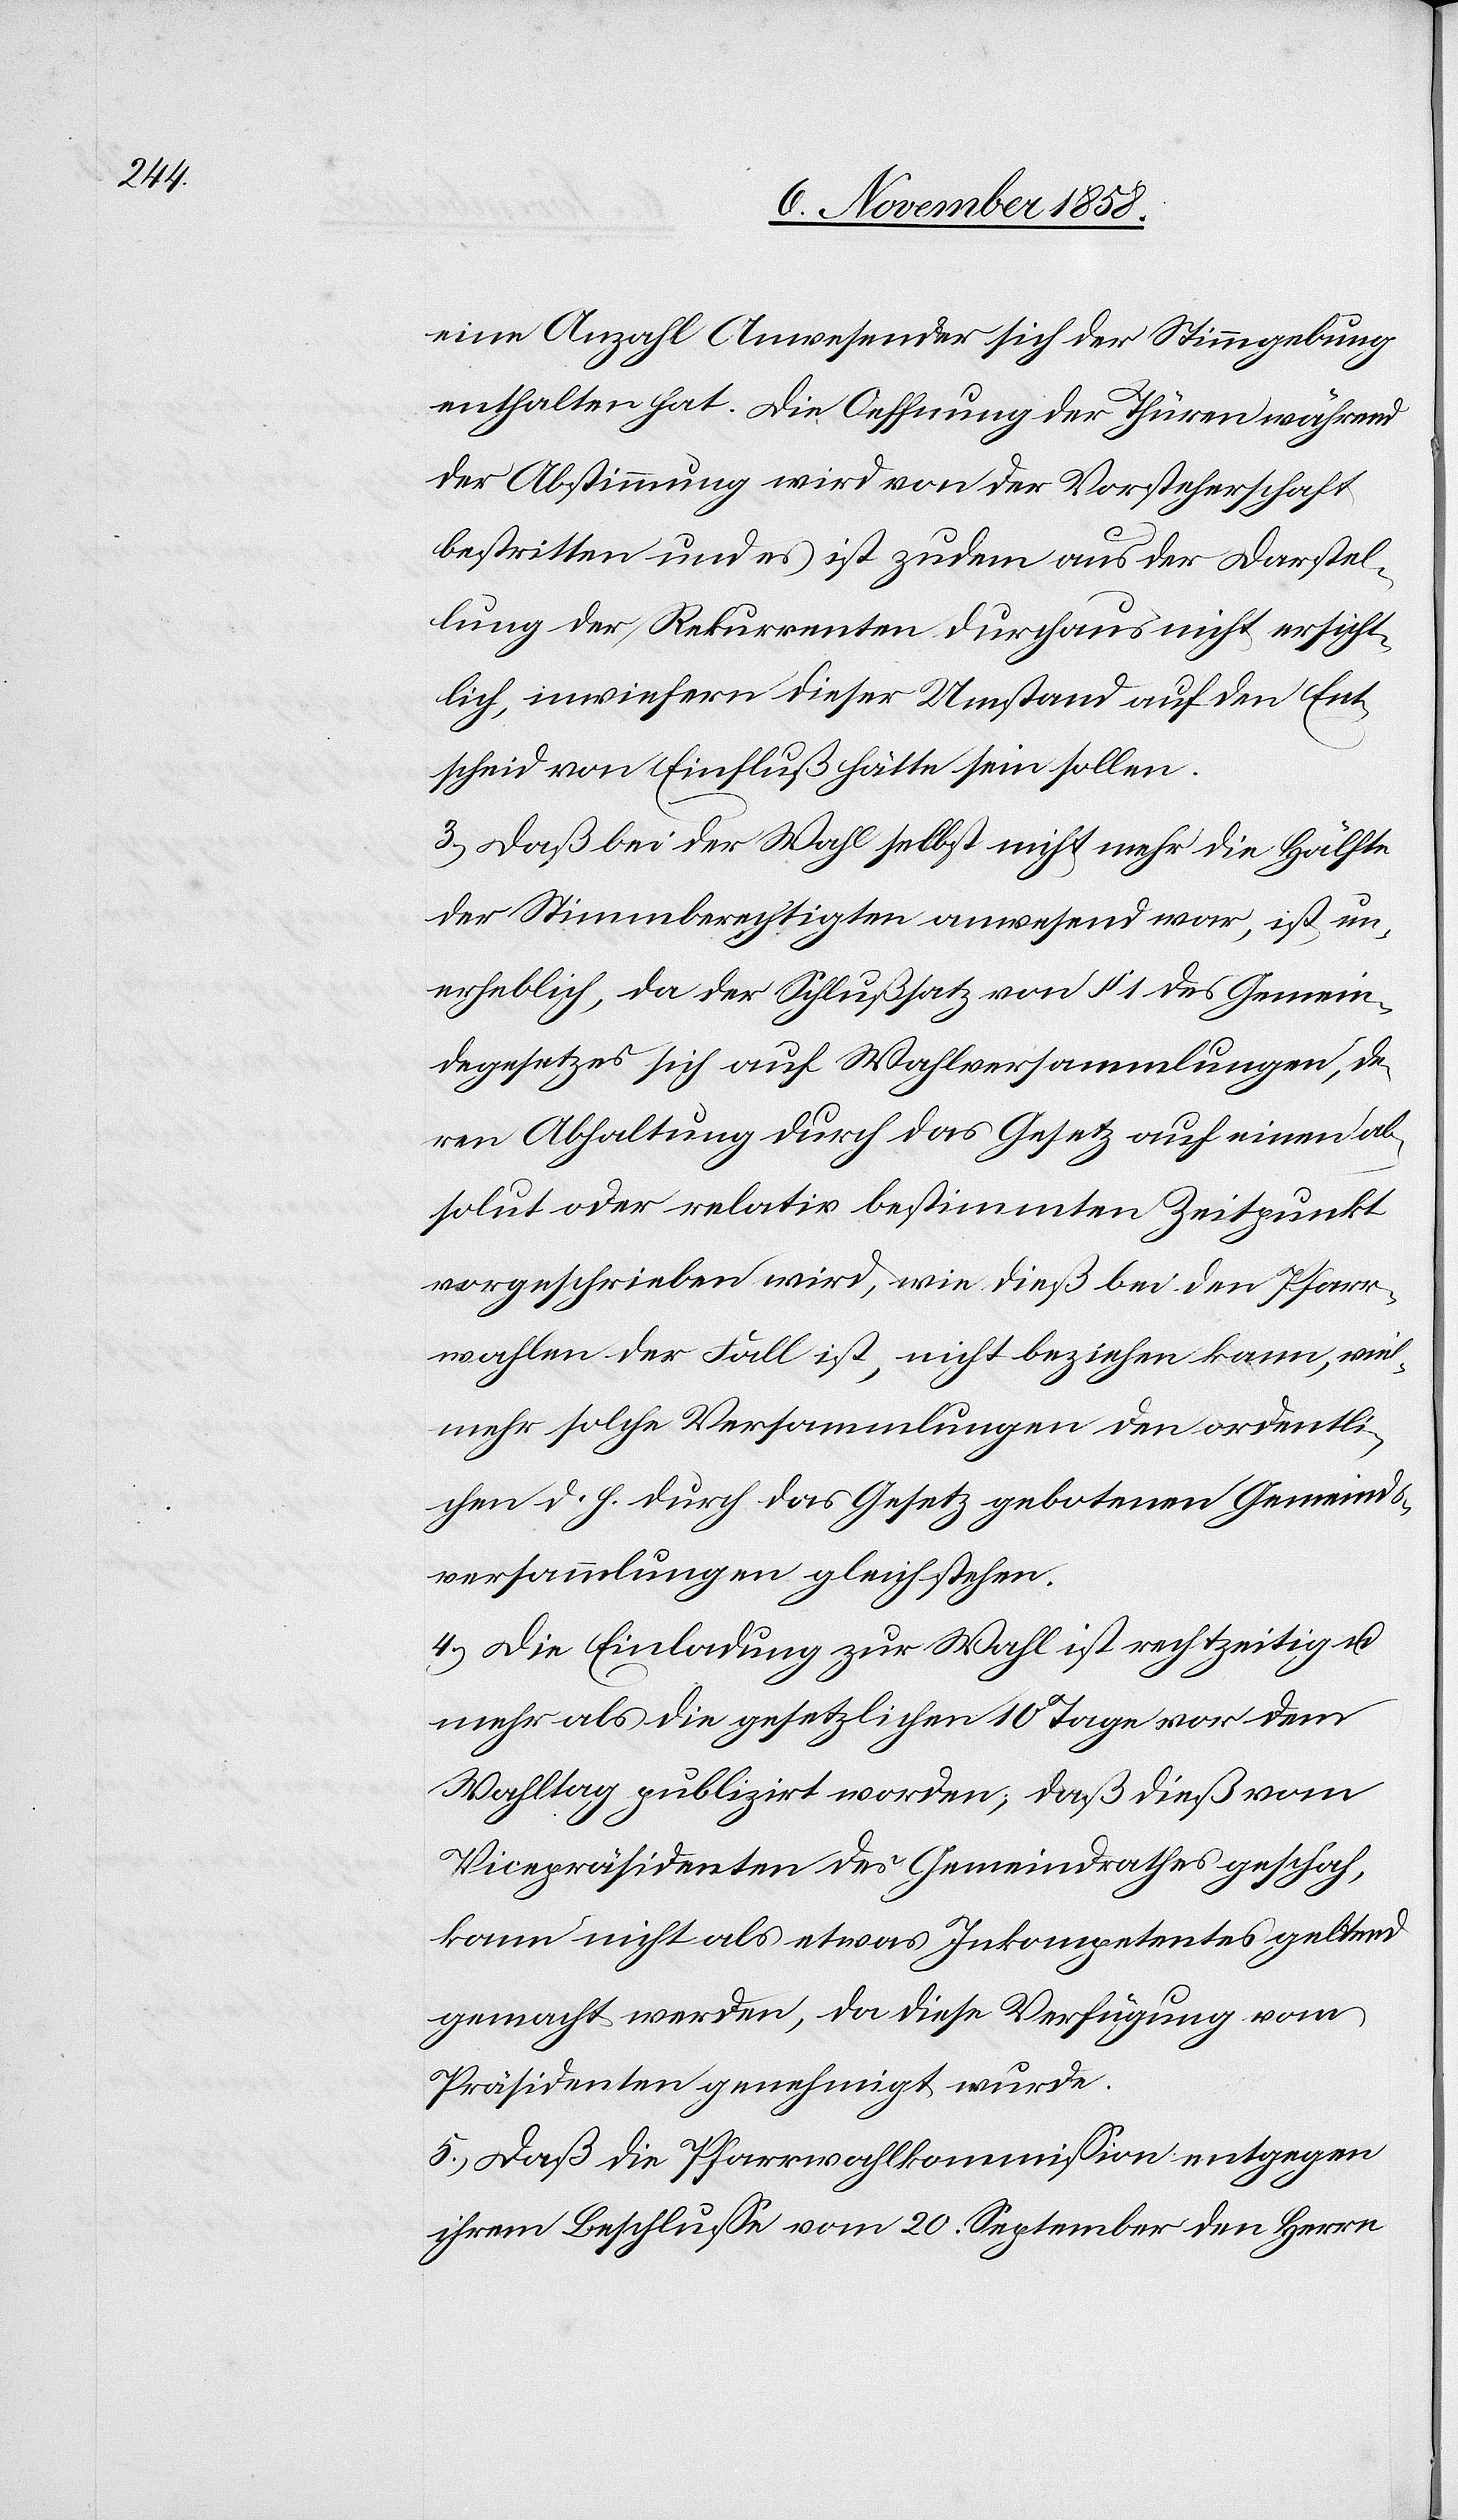
eine Anzahl Anwesender sich der Stimmgebung
enthalten hat. Die Oeffnung der Thüren während
der Abstimmung wird von der Vorsteherschaft
bestritten und es ist zudem aus der Darstel¬
lung der Rekurrenten durchaus nicht ersicht¬
lich, inwiefern dieser Umstand auf den Ent¬
scheid von Einfluß hätte sein sollen.
3.) Daß bei der Wahl selbst nicht mehr die Hälfte
der Stimmberechtigten anwesend war, ist un¬
erheblich, da der Schlußsatz von § 1 des Gemein¬
degesetzes sich auf Wahlversammlungen, de¬
ren Abhaltung durch das Gesetz auf einen ab¬
solut oder relativ bestimmten Zeitpunkt
vorgeschrieben wird, wie dieß bei den Pfarr¬
wahlen der Fall ist, nicht beziehen kann, viel¬
mehr solche Versammlungen den ordentli¬
chen d. h. durch das Gesetz gebotenen Gemeinds¬
versammlungen gleichstehen.
4.) Die Einladung zur Wahl ist rechtzeitig u.
mehr als die gesetzlichen 10 Tage vor dem
Wahltag publizirt worden; daß dieß vom
Vicepräsidenten des Gemeindrathes geschah,
kann nicht als etwas Inkompetentes geltend
gemacht werden, da diese Verfügung vom
Präsidenten genehmigt wurde.
5.) Daß die Pfarrwahlkommission entgegen
ihrem Beschlusse vom 20. September den Herrn